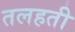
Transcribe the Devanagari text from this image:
तलहती